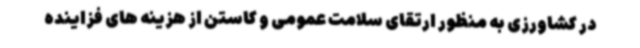
در کشاورزی به منظور ارتقای سلامت عمومی و کاستن از هزینه ‌های فزاینده